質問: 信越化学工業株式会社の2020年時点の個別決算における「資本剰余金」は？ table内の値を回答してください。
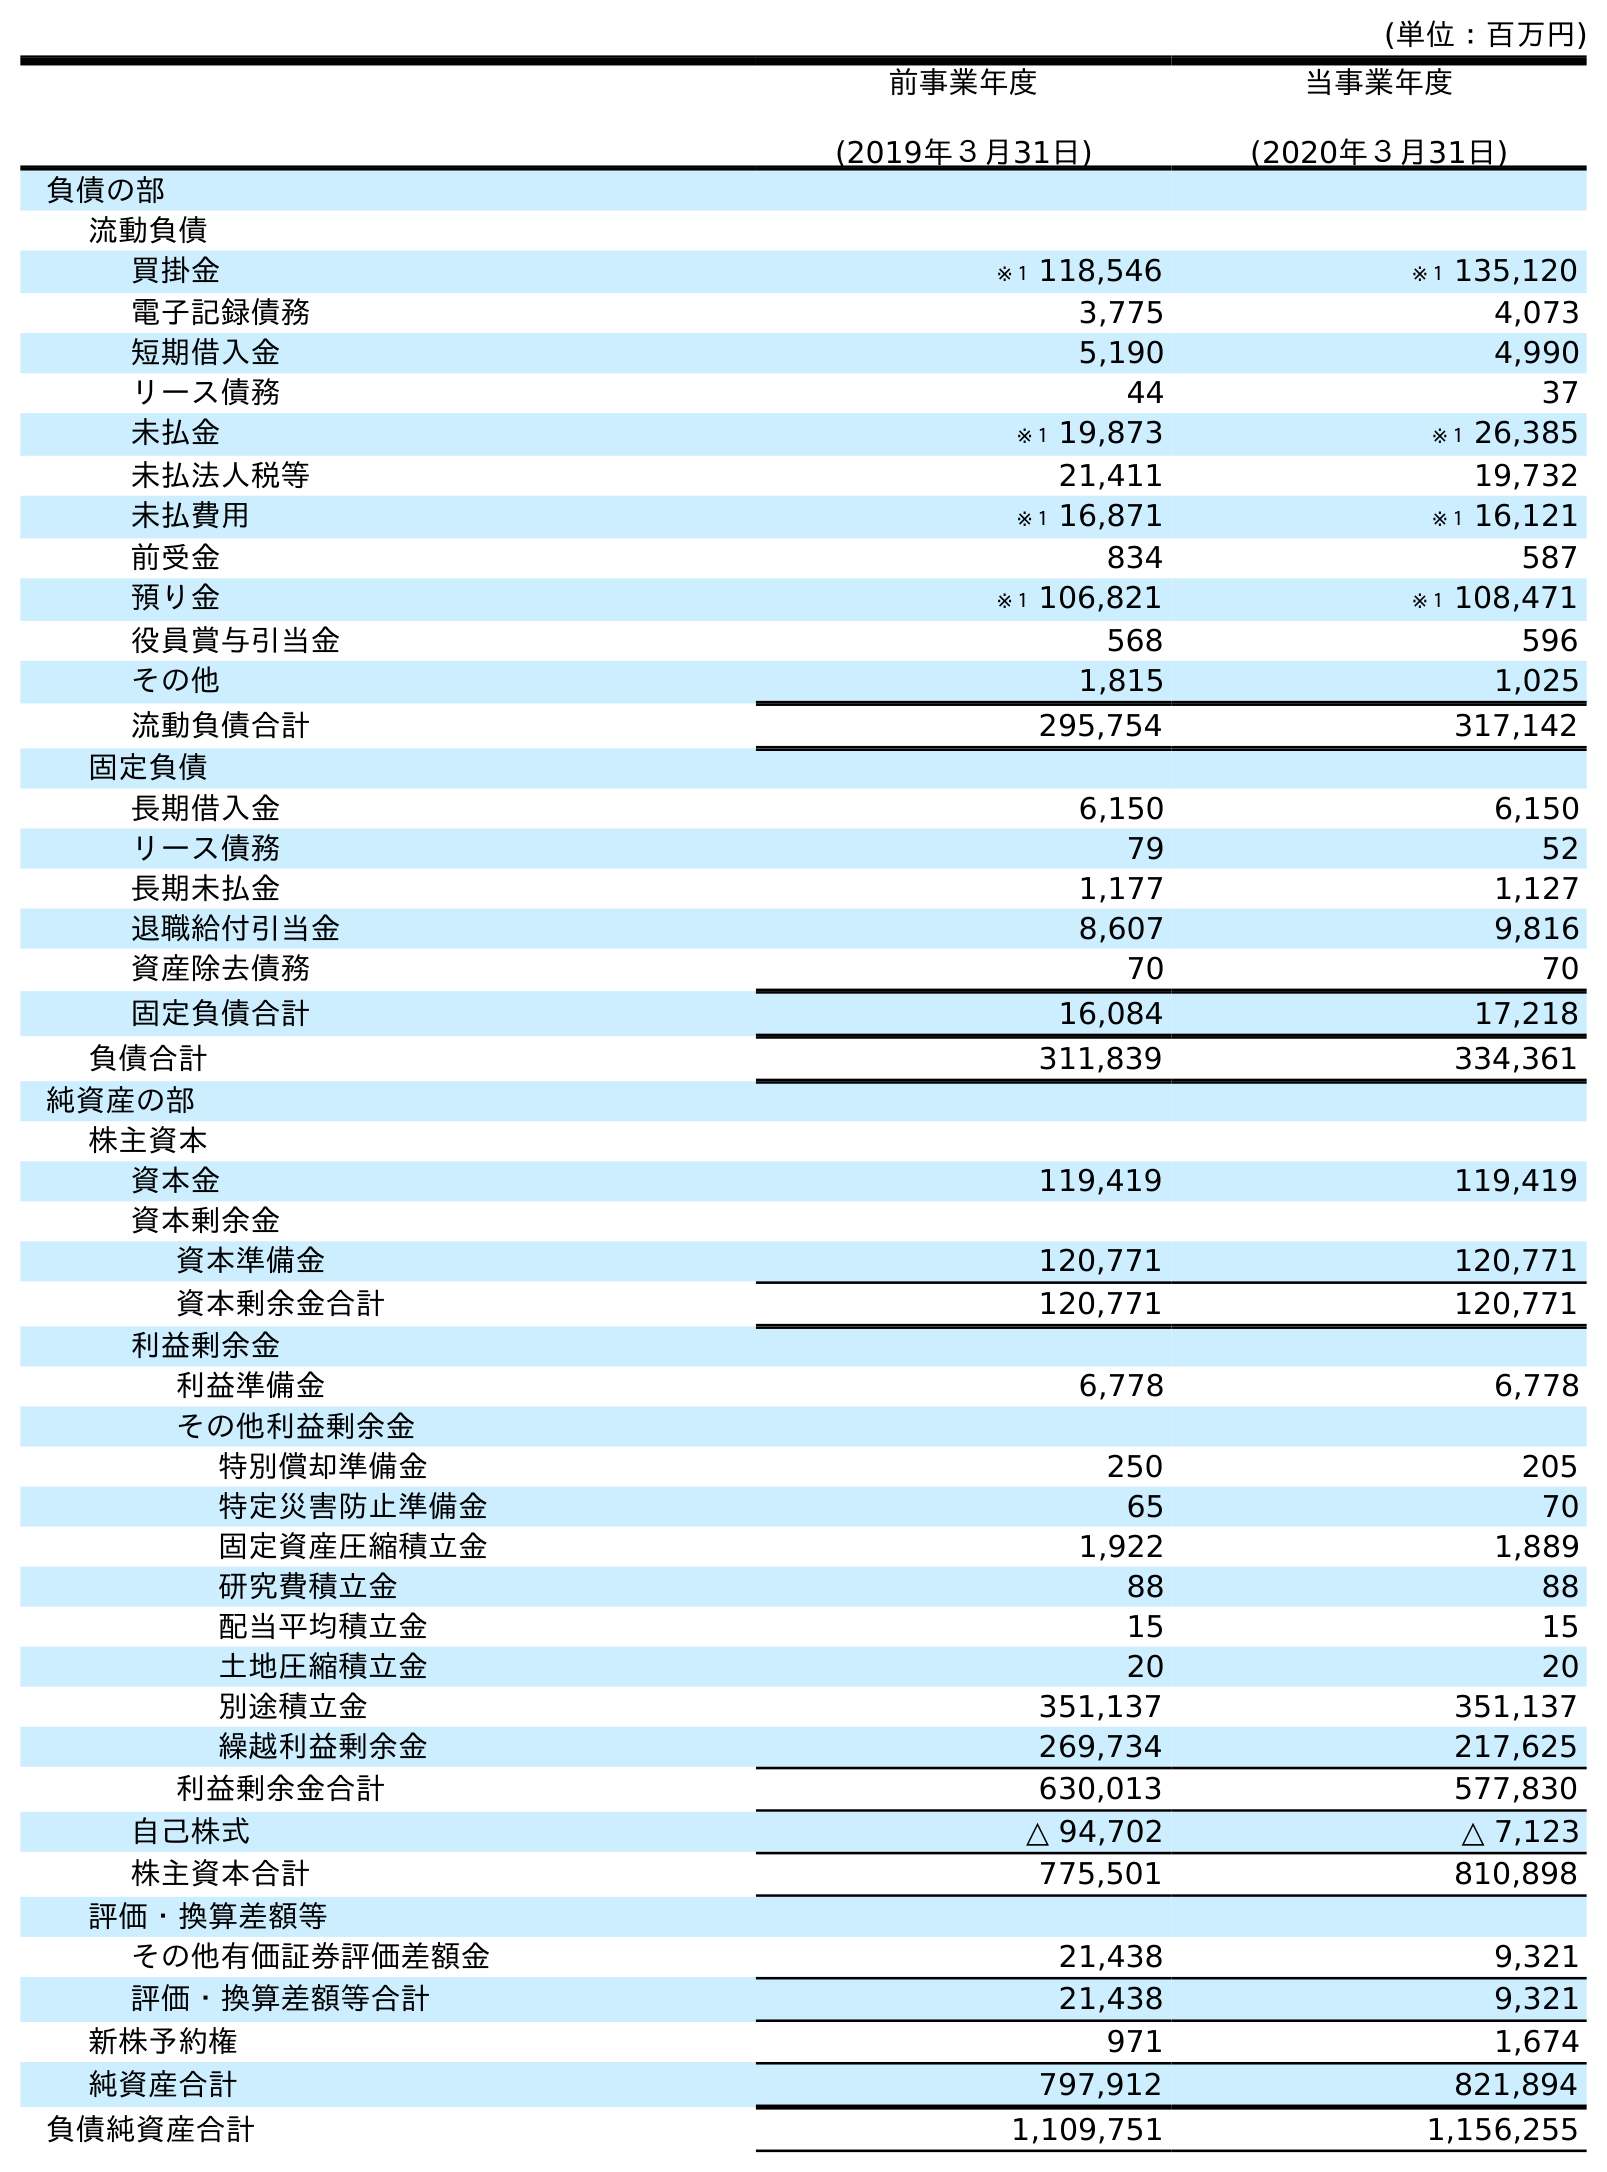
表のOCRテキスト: (単位：百万円) 前事業年度 (2019年３月31日) 当事業年度 (2020年３月31日) 負債の部 流動負債 買掛金 ※１ 118,546 ※１ 135,120 電子記録債務 3,775 4,073 短期借入金 5,190 4,990 リース債務 44 37 未払金 ※１ 19,873 ※１ 26,385 未払法人税等 21,411 19,732 未払費用 ※１ 16,871 ※１ 16,121 前受金 834 587 預り金 ※１ 106,821 ※１ 108,471 役員賞与引当金 568 596 その他 1,815 1,025 流動負債合計 295,754 317,142 固定負債 長期借入金 6,150 6,150 リース債務 79 52 長期未払金 1,177 1,127 退職給付引当金 8,607 9,816 資産除去債務 70 70 固定負債合計 16,084 17,218 負債合計 311,839 334,361 純資産の部 株主資本 資本金 119,419 119,419 資本剰余金 資本準備金 120,771 120,771 資本剰余金合計 120,771 120,771 利益剰余金 利益準備金 6,778 6,778 その他利益剰余金 特別償却準備金 250 205 特定災害防止準備金 65 70 固定資産圧縮積立金 1,922 1,889 研究費積立金 88 88 配当平均積立金 15 15 土地圧縮積立金 20 20 別途積立金 351,137 351,137 繰越利益剰余金 269,734 217,625 利益剰余金合計 630,013 577,830 自己株式 △ 94,702 △ 7,123 株主資本合計 775,501 810,898 評価・換算差額等 その他有価証券評価差額金 21,438 9,321 評価・換算差額等合計 21,438 9,321 新株予約権 971 1,674 純資産合計 797,912 821,894 負債純資産合計 1,109,751 1,156,255
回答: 120,771